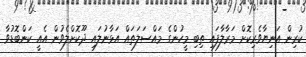
ކުރިން އަނިޔާވެރިކޮށް މަރާލާފައި ތިބި މީހުންގެ މައްސަލަތައް އަޅާނުލައި ދޫކޮށްލެވުން އެއީ ކަންބޮޑުވާ